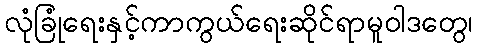
လုံခြုံရေးနှင့်ကာကွယ်ရေးဆိုင်ရာမူဝါဒတွေ၊